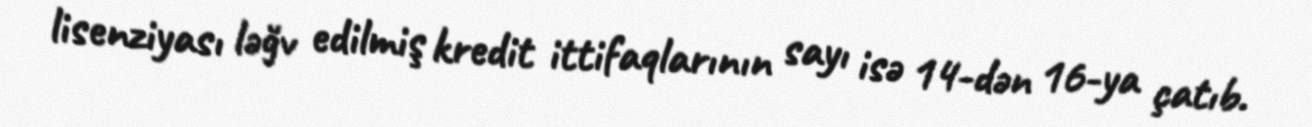
lisenziyası ləğv edilmiş kredit ittifaqlarının sayı isə 14-dən 16-ya çatıb.